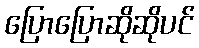
ပြောပြောဆိုဆိုပင်